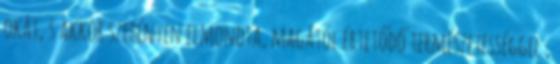
okát, s akkor szerényen elmondta, magától értetődő természetességgel ,